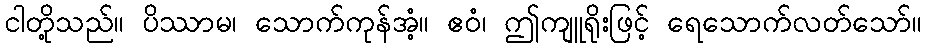
ငါတို့သည်။ ပိဿာမ၊ သောက်ကုန်အံ့။ ဧဝံ၊ ဤကျူရိုးဖြင့် ရေသောက်လတ်သော်။